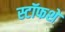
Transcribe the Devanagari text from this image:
स्टॉफशे